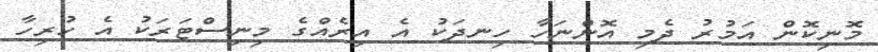
މޮނިކޮން އަމުރު ދެމި އޮންނަހާ ހިނދަކު އެ އިރެއްގެ މިނިސްޓަރަކު އެ ހުރިހާ